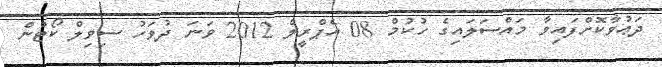
ދަޢުވާކޮށްފައިވާ މައްސަލައިގެ ހުކުމް 08 އެޕްރީލް 2012 ވަނަ ދުވަހު ސިވިލް ކޯޓުން